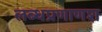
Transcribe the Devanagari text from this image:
लब्धप्रणाणश